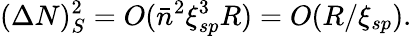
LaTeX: (\Delta N)_{S}^{2}=O({\bar{n}}^{2}\xi_{sp}^{3}R)=O(R/\xi_{sp}).